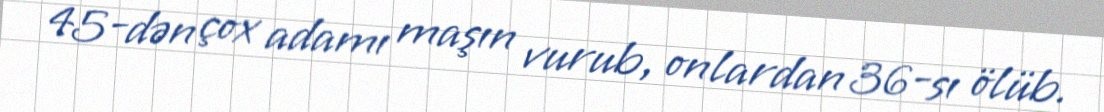
45-dən çox adamı maşın vurub, onlardan 36-sı ölüb.